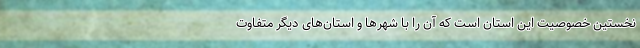
نخستین خصوصیت این استان است که آن را با شهرها و استان‌های دیگر متفاوت